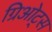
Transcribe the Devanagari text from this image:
ग्रिओट्स